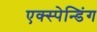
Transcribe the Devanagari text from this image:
एक्स्पेन्डिंग